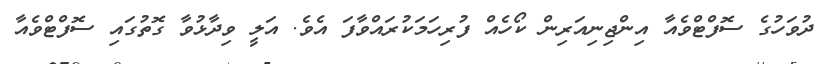
ދުވަހުގެ ސޮފްޓްވެއާ އިންޖިނިއަރިން ކޯހެއް ފުރިހަމަކުރައްވާފަ އެވެ. އަލީ ވިދާޅުވާ ގޮތުގައި ސޮފްޓްވެއާ